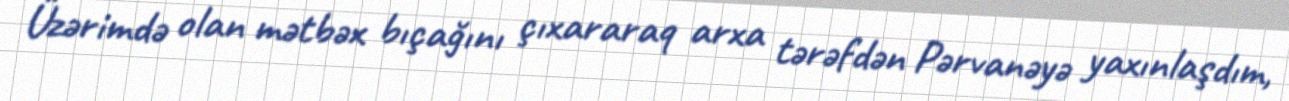
Üzərimdə olan mətbəx bıçağını çıxararaq arxa tərəfdən Pərvanəyə yaxınlaşdım,